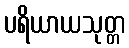
ပရိယာယသုတ္တ